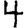
Digit: 4